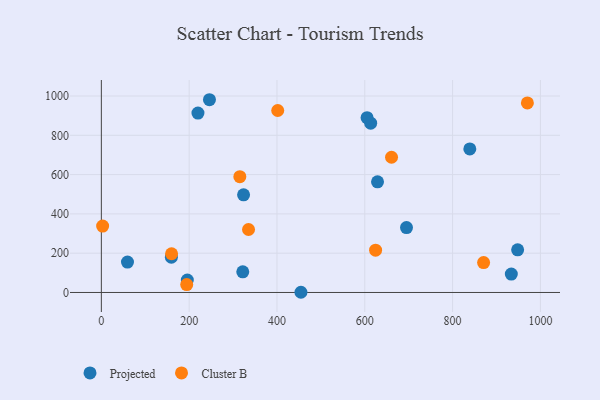
{"axis": {"x": "Distance", "y": "Exam Score"}, "legend": ["Cluster B", "Projected"], "data": [{"x": "454.6", "y": 1.0, "type": "Projected"}, {"x": "948.1", "y": 217.2, "type": "Projected"}, {"x": "605.2", "y": 889.6, "type": "Projected"}, {"x": "246.2", "y": 981.1, "type": "Projected"}, {"x": "195.8", "y": 63.6, "type": "Projected"}, {"x": "933.7", "y": 93.7, "type": "Projected"}, {"x": "695.0", "y": 330.2, "type": "Projected"}, {"x": "839.2", "y": 730.6, "type": "Projected"}, {"x": "220.0", "y": 913.3, "type": "Projected"}, {"x": "59.5", "y": 154.7, "type": "Projected"}, {"x": "629.0", "y": 563.1, "type": "Projected"}, {"x": "322.1", "y": 104.9, "type": "Projected"}, {"x": "159.5", "y": 179.8, "type": "Projected"}, {"x": "323.9", "y": 496.8, "type": "Projected"}, {"x": "613.4", "y": 861.6, "type": "Projected"}, {"x": "335.2", "y": 320.6, "type": "Cluster B"}, {"x": "624.6", "y": 215.3, "type": "Cluster B"}, {"x": "870.6", "y": 152.2, "type": "Cluster B"}, {"x": "159.9", "y": 197.2, "type": "Cluster B"}, {"x": "970.3", "y": 964.8, "type": "Cluster B"}, {"x": "660.9", "y": 688.2, "type": "Cluster B"}, {"x": "2.9", "y": 337.9, "type": "Cluster B"}, {"x": "315.4", "y": 589.5, "type": "Cluster B"}, {"x": "401.7", "y": 926.3, "type": "Cluster B"}, {"x": "194.4", "y": 40.0, "type": "Cluster B"}]}